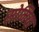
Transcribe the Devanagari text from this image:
सोमिया